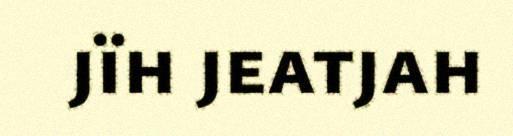
jïh jeatjah